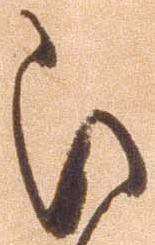
被